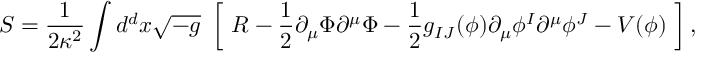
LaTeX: S = \frac 1 { 2 \kappa ^ { 2 } } \int d ^ { d } x \sqrt { - g } \ \left[ \ R - \frac 1 2 \partial _ { \mu } \Phi \partial ^ { \mu } \Phi - \frac 1 2 g _ { I J } ( \phi ) \partial _ { \mu } \phi ^ { I } \partial ^ { \mu } \phi ^ { J } - V ( \phi ) \ \right] ,